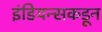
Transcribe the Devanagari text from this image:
इंडियन्सकडून